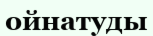
ойнатуды